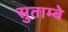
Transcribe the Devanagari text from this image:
सुताम्बे